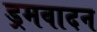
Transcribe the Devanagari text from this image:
ड्रमवादन